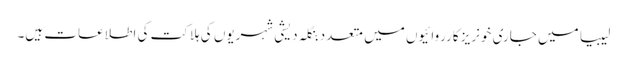
لیبیا میں جاری خونریز کارروائیوں میں متعدد بنگلہ دیشی شہریوں کی ہلاکت کی اطلاعات ہیں۔